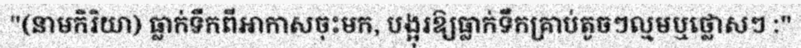
"(នាមកិរិយា) ធ្លាក់ទឹកពីអាកាសចុះមក, បង្អុរឱ្យធ្លាក់ទឹកគ្រាប់តូចៗល្មមឬថ្លោសៗ :"